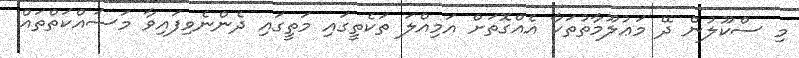
މި ސްކޫލުން ދޭ މަޢުލޫމާތުތަކާ އެއްގޮތަށް އަމިއްލަ ތަކެތީގައި މަތީގައި ދެންނެވިފައިވާ މަސައްކަތްތައް